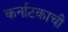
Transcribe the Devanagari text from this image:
कर्नाटकाची